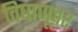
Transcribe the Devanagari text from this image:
विषाणूवर